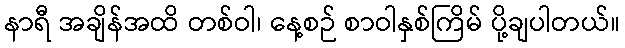
နာရီ အချိန်အထိ တစ်ဝါ၊ နေ့စဉ် စာဝါနှစ်ကြိမ် ပို့ချပါတယ်။